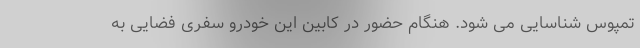
تمپوس شناسایی می شود. هنگام حضور در کابین این خودرو سفری فضایی به